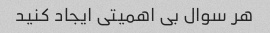
هر سوال بی اهمیتی ایجاد کنید